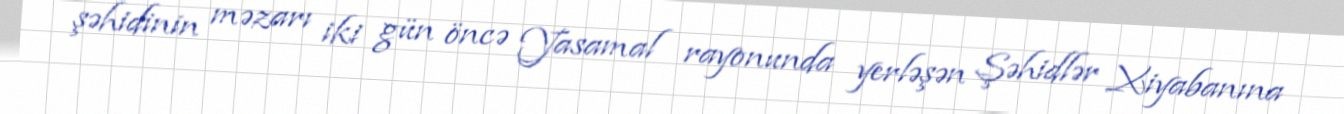
şəhidinin məzarı iki gün öncə Yasamal rayonunda yerləşən Şəhidlər Xiyabanına